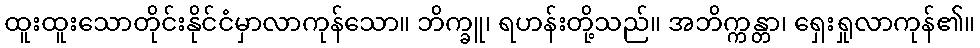
ထူးထူးသောတိုင်းနိုင်ငံမှာလာကုန်သော။ ဘိက္ခူ၊ ရဟန်းတို့သည်။ အဘိက္ကန္တာ၊ ရှေးရှုလာကုန်၏။